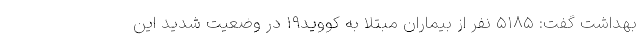
بهداشت گفت: ۵۱۸۵ نفر از بیماران مبتلا به کووید۱۹ در وضعیت شدید این